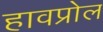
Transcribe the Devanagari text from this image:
हावप्रोल